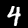
Digit: 4